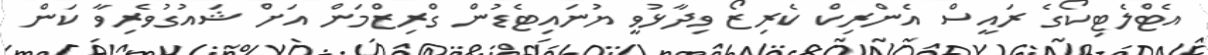
އެޓްލެޓިކޯގެ ރައީސް އެންރިކް ކެރިޒޯ ވިދާޅުވީ ޔުނައިޓެޑުން ގްރިޒްމަން އަށް ޝައުގުވެރިވާ ކަން